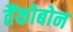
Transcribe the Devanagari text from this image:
तैंकोबोन